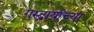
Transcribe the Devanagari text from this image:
गुरुद्वार्याच्या